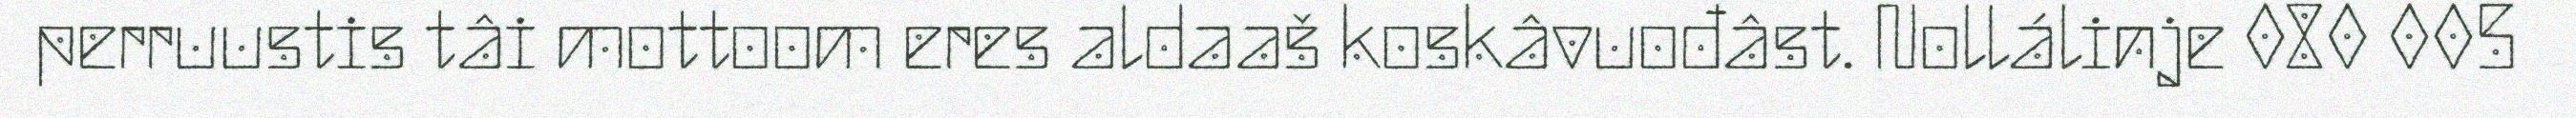
perruustis tâi mottoom eres aldaaš koskâvuođâst. Nollálinje 080 005